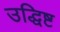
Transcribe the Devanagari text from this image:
उद्धिष्ट